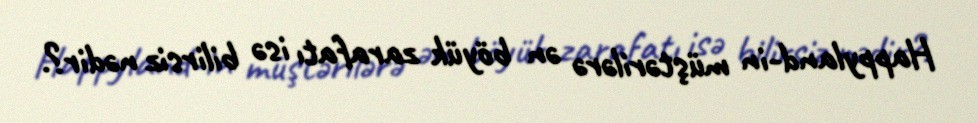
Happyland-in müştərilərə ən böyük zarafatı isə bilirsiz nədir?.